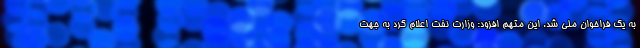
به یک فراخوان ملی شد. این متهم افزود: وزارت نفت اعلام کرد به جهت